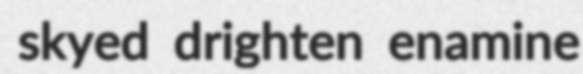
skyed drighten enamine